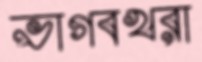
ভাগবখরা